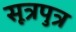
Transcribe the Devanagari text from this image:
सूत्रपुत्र